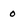
Character: 0